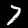
Label: 7